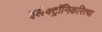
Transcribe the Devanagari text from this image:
इलेक्ट्रॉनिकरित्या